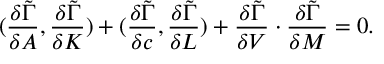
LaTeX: ( { \frac { \delta \tilde { \Gamma } } { \delta A } } , { \frac { \delta \tilde { \Gamma } } { \delta K } } ) + ( { \frac { \delta \tilde { \Gamma } } { \delta c } } , { \frac { \delta \tilde { \Gamma } } { \delta L } } ) + { \frac { \delta \tilde { \Gamma } } { \delta V } } \cdot { \frac { \delta \tilde { \Gamma } } { \delta M } } = 0 .